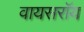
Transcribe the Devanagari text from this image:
वायसराॅय